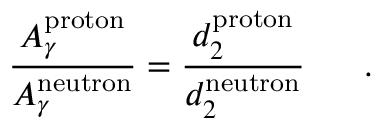
{ \frac { A _ { \gamma } ^ { \mathrm { p r o t o n } } } { A _ { \gamma } ^ { \mathrm { n e u t r o n } } } } = { \frac { d _ { 2 } ^ { \mathrm { p r o t o n } } } { d _ { 2 } ^ { \mathrm { n e u t r o n } } } } ~ ~ ~ ~ ~ .